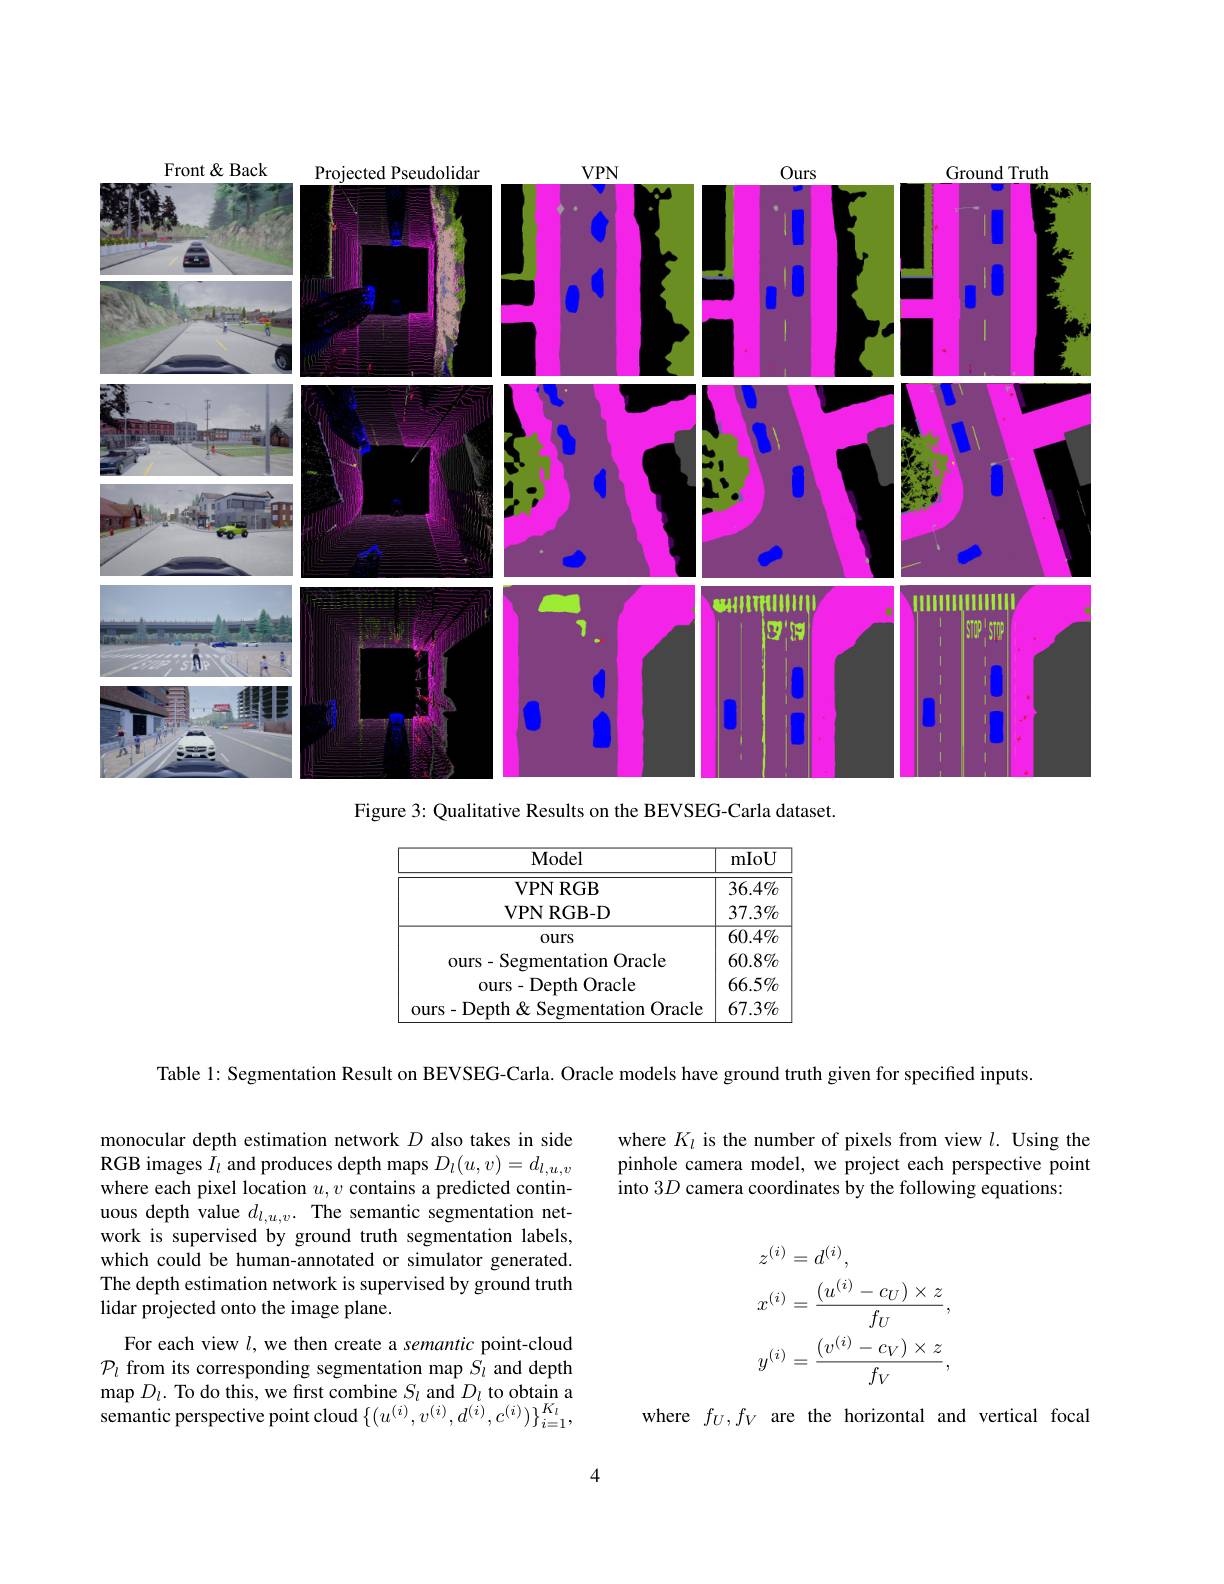
<FigureHere>
Figure 3: Qualitative Results on the BEVSEG-Carla dataset.

<FigureHere>

Table 1: Segmentation Result on BEVSEG-Carla. Oracle models have ground truth given for specified inputs.

where $K_l$ is the number of pixels from view $l.$ Using the pinhole camera model, we project each perspective point into 3D camera coordinates by the following equations:

monocular depth estimation network $D$ also takes in side RGB images $\hat{I}_l$ and produces depth maps $D_l(u,v)=d_l,u,v$ where each pixel location $u,v$ contains a predicted continuous depth value $d_l,u,v.$ The semantic segmentation network is supervised by ground truth segmentation labels, which could be human-annotated or simulator generated. The depth estimation network is supervised by ground truth lidar projected onto the image plane.
$$\begin{aligned}&z^{(i)}=d^{(i)},\\&x^{(i)}=\frac{(u^{(i)}-c_{U})\times z}{f_{U}},\\&y^{(i)}=\frac{(v^{(i)}-c_{V})\times z}{f_{V}},\end{aligned}$$
For each view $l$, we then create a semantic point-cloud $\mathcal{P}_l$ from its corresponding segmentation map $S_l$ and depth map $D_l.$ To do this, we first combine $S_l$ and $D_l$ to obtain a semantic perspective point cloud $\{(u^{(i)},v^{(i)},d^{(i)},c^{(i)})\}_{i=1}^{K_{l}}$,

where $f_U,f_V$ are the horizontal and vertical focal

4